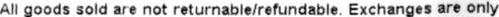
ALL GOODS SOLD ARE NOT RETURNABLE/REFUNDABLE. EXCHANGES ARE ONLY